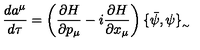
\frac { d a ^ { \mu } } { d \tau } = \left( \frac { \partial H } { \partial p _ { \mu } } - i \frac { \partial H } { \partial x _ { \mu } } \right) \{ \bar { \psi } , \psi \} _ { _ { \sim } }